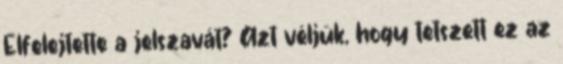
Elfelejtette a jelszavát? Azt véljük, hogy tetszett ez az